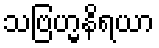
သဗြဟ္မနိရယာ